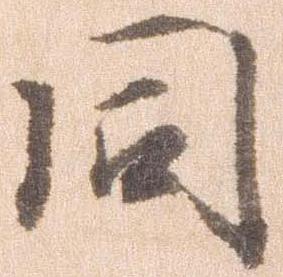
同